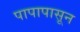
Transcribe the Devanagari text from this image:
पापापासून